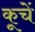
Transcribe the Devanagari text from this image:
कूचें